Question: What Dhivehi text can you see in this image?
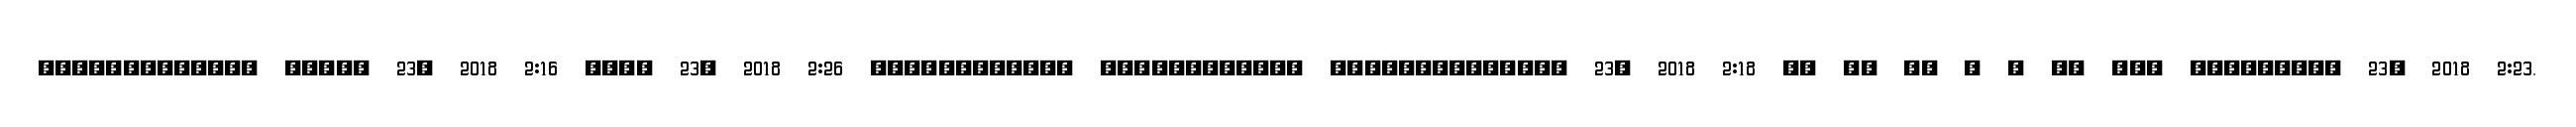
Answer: ????????????? ????? 23, 2018 2:16 ???? 23, 2018 2:26 ???????????? ???????????? ?????????????? 23, 2018 2:18 ?? ?? ?? ? ? ?? ??? ????????? 23, 2018 2:23.